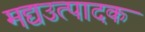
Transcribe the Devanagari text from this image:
मद्यउत्पादक